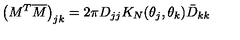
\left( M ^ { T } \overline { M } \right) _ { j k } = 2 \pi D _ { j j } K _ { N } ( \theta _ { j } , \theta _ { k } ) \bar { D } _ { k k }